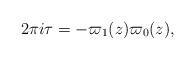
LaTeX: \begin{align*}2\pi i \tau = -{\varpi_1(z)\/\varpi_0(z)}, \end{align*}